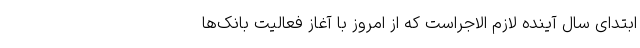
ابتدای سال آینده لازم الاجراست که از امروز با آغاز فعالیت بانک‌ها